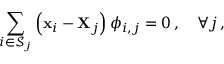
\sum _ { i \in \mathscr { S } _ { j } } \left( \mathbf { { x } } _ { i } - \mathbf { { X } } _ { j } \right) \phi _ { i , j } = 0 \, , \quad \forall j \, ,